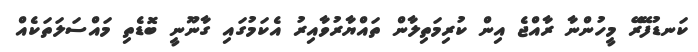
ކަނޑުފޭރޭ މީހުންނާ ރާއްޖެ އިން ކުރިމަތިލާން ތައްޔާރުވާއިރު އެކަމުގައި ގާނޫނީ ބޮޑެތި މައްސަލަތަކެއް